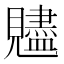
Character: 𧢙